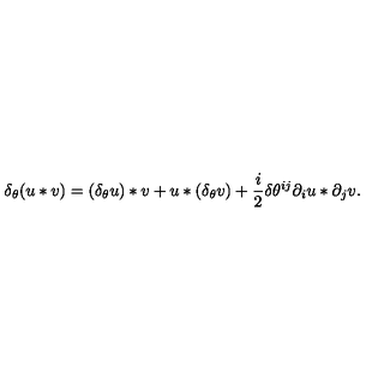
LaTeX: \delta _ { \theta } ( u * v ) = ( \delta _ { \theta } u ) * v + u * ( \delta _ { \theta } v ) + \frac i 2 \delta \theta ^ { i j } \partial _ { i } u * \partial _ { j } v .